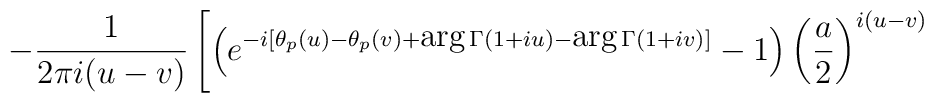
- \frac{1}{2 \pi i (u-v)} \left[ \left( e^{-i[ \theta_p(u) -    \theta_p(v) + \mbox{arg} \, \Gamma(1+iu) - \mbox{arg} \, \Gamma(1+iv)]}    - 1 \right) {\left( \frac{a}{2} \right)}^{i(u-v)} \right.